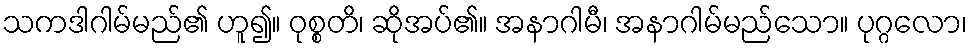
သကဒါဂါမ်မည်၏ ဟူ၍။ ဝုစ္စတိ၊ ဆိုအပ်၏။ အနာဂါမီ၊ အနာဂါမ်မည်သော။ ပုဂ္ဂလော၊